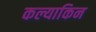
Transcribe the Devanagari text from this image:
कल्याकिन